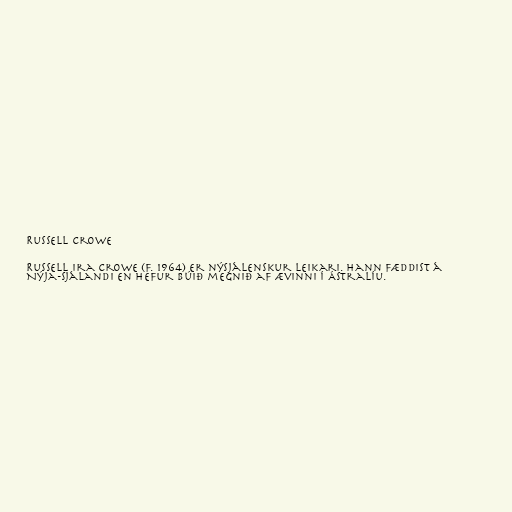
Russell Crowe

Russell Ira Crowe (f. 1964) er nýsjálenskur leikari. Hann fæddist á
Nýja-Sjálandi en hefur búið megnið af ævinni í Ástralíu.